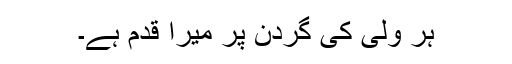
ہر ولی کی گردن پر میرا قدم ہے۔